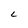
Character: L